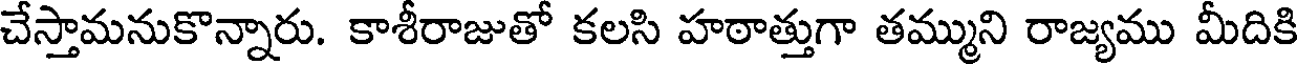
చేస్తామనుకొన్నారు. కాశీరాజుతో కలసి హఠాత్తుగా తమ్ముని రాజ్యము మీదికి